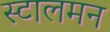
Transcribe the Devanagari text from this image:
स्टालमन